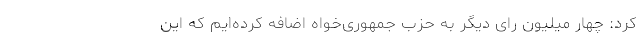
کرد: چهار میلیون رای دیگر به حزب جمهوری‌خواه اضافه کرده‌ایم که این